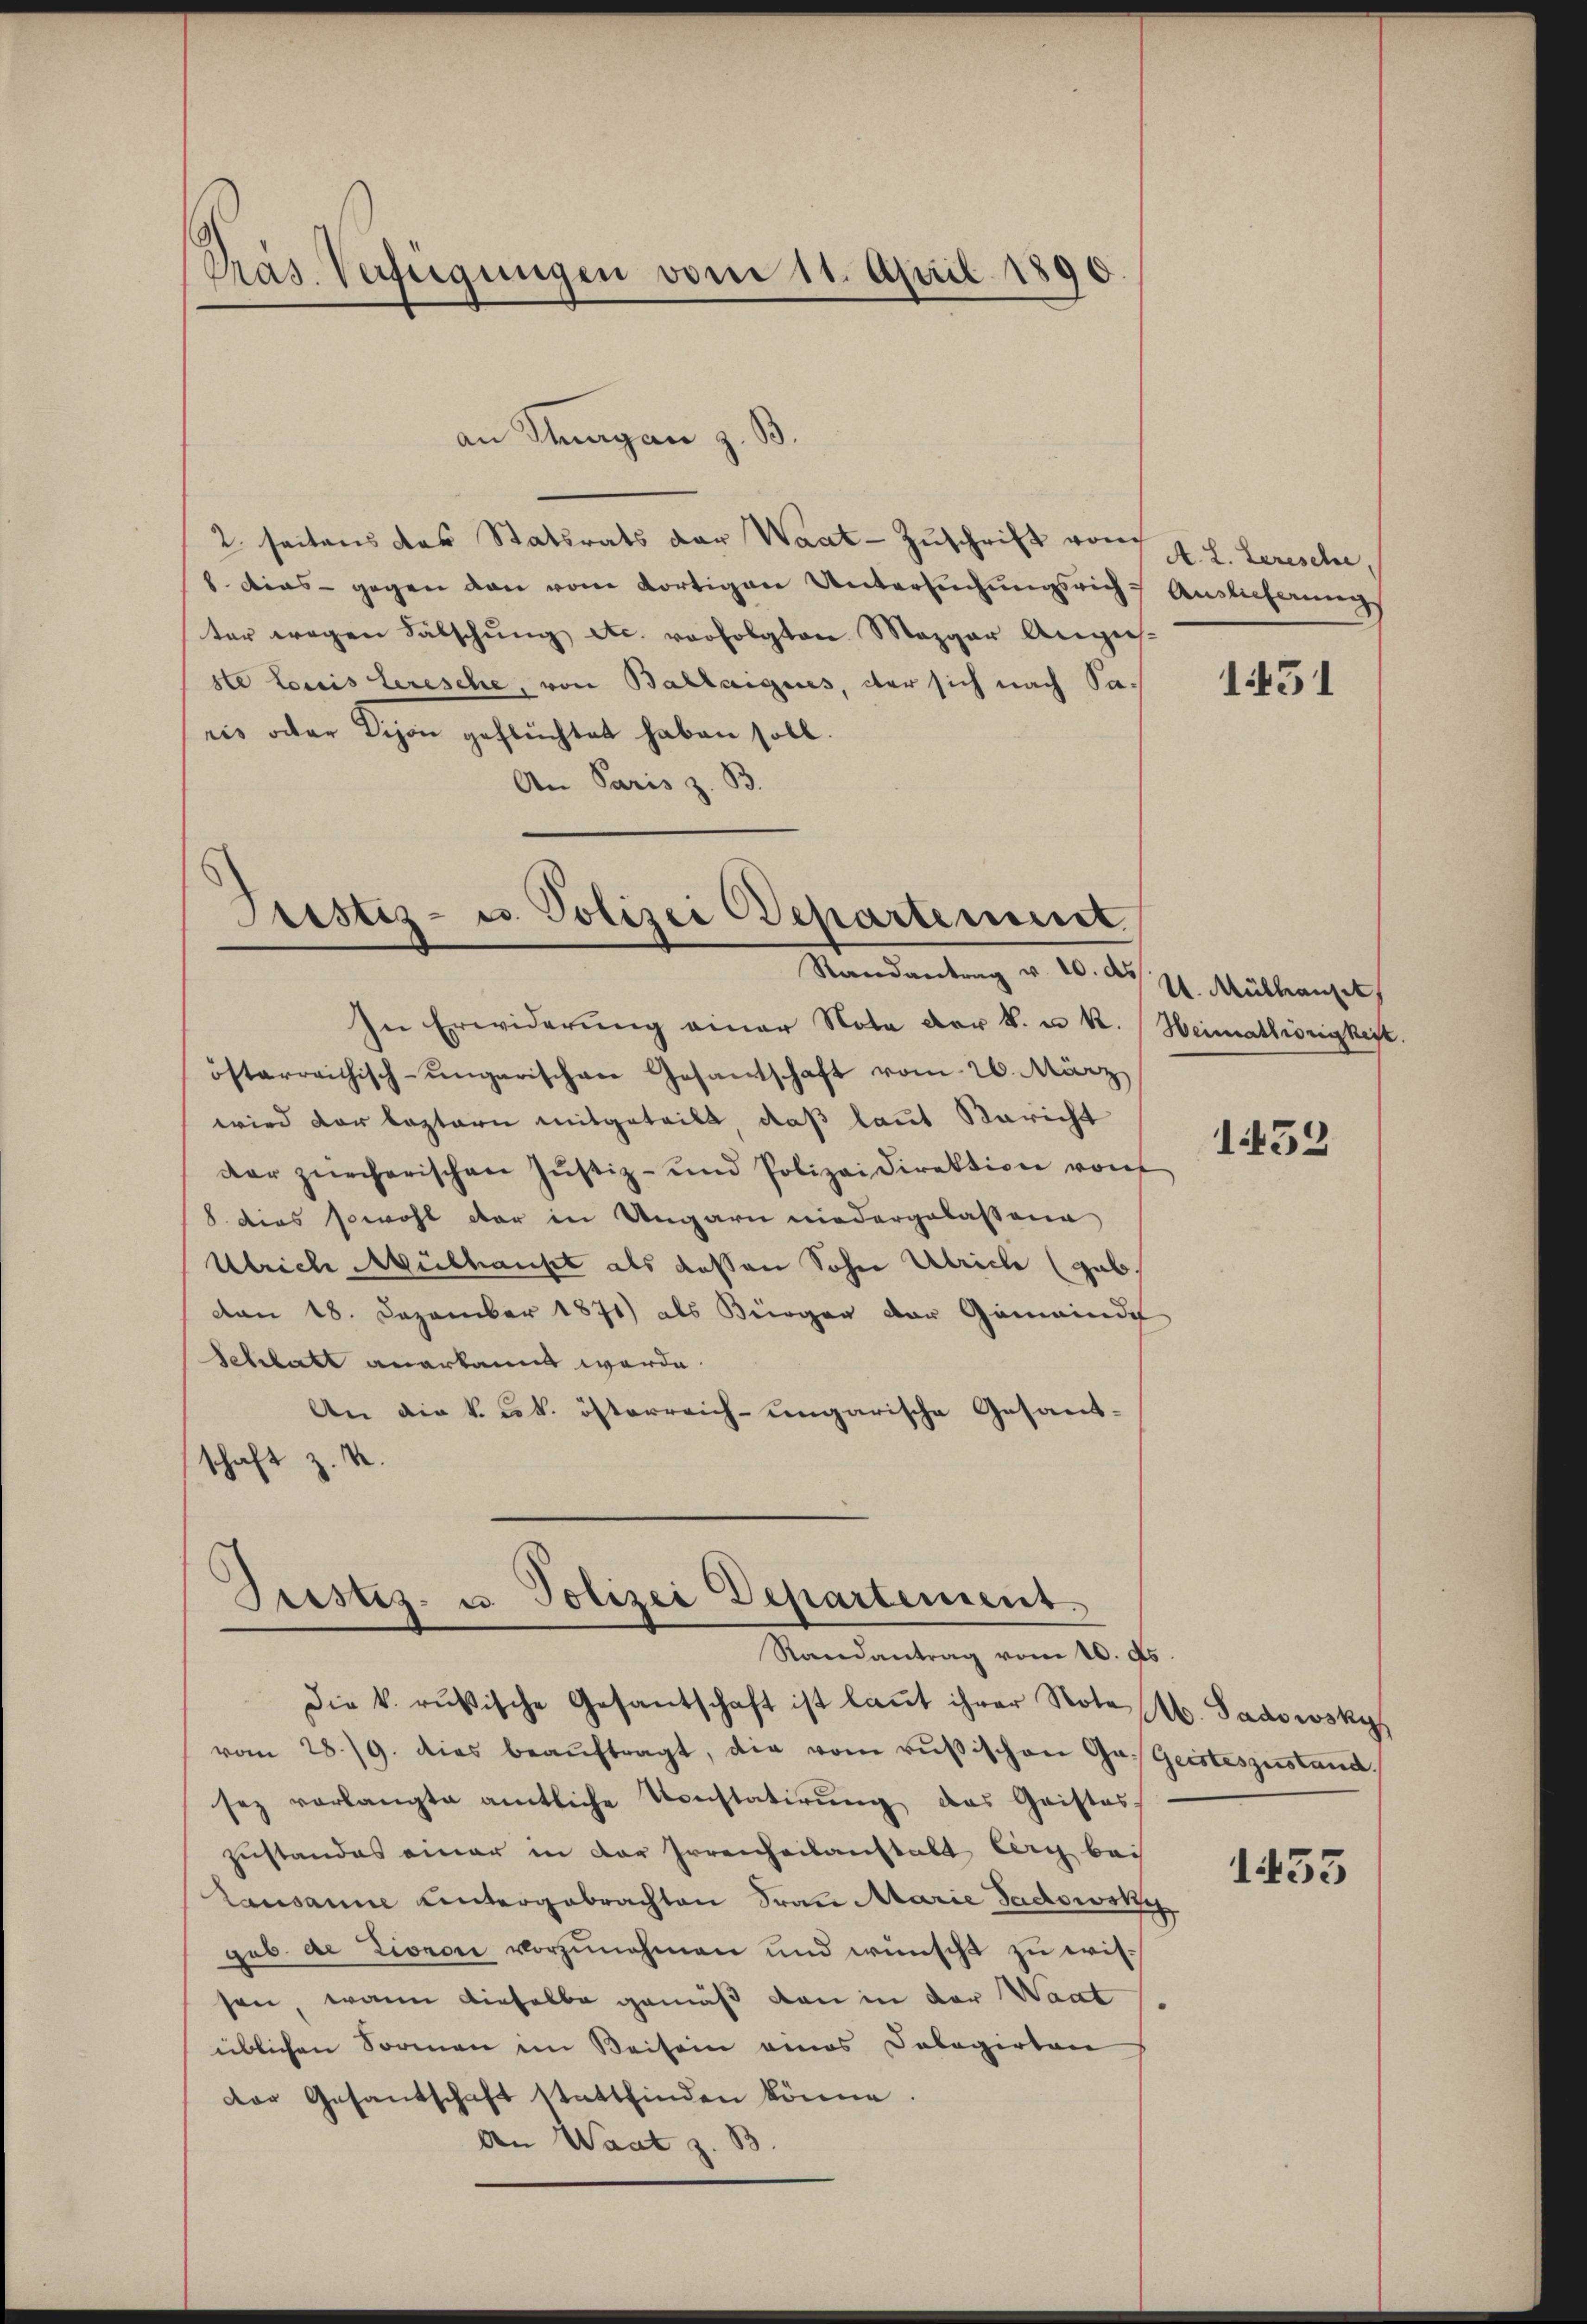
Präs. Verfügungen vom 11. April 1890.

an Thurgan z. B
2 seitens das Statsrats der Waat- Zuschrift vom 4. s. Lerische,
8. Dies - gegen den vom dortigen Untersuchungsrich
ter wegen Fälschung etc. vorfolgten Mezger Angins-
ste Louis lerische, von Ballaigues, der sich nach Saris oder Dijon geflüchtet haben soll.
An Paris z. B.

Justiz- u. Polizei Departement
Randantrag v. 20. d. J. Mülhauset

Grestes- u. Polizei Departement.
Randantrag vom 10. ds.

In Erwiderung einer Nota der k. u. k. Heimathörigkeit.
österreichisch-ungarischen Gesamtschaft vom 26. März
wird der leztern mitgeteilt, daß laut Bericht
der zürcherischen Jŭstiz- und Polizeidirektion von
8. dies sowohl der in Ungarn niedergelassene
Ulrich Mülhauses als deßen Sohne Ulrich (gabvon 18. Dezember 1871) als Bürger der Gemeinde
Schlatt anerkannt werde.
An die k. k. österreich-ungarische Gesandschaft z. K

Die k. rusische Gesantschaft ist laut ihrer Note M. Sadowskys
vom 28./9. dies beaŭftragt, die vom rŭβischen Ga. Geisteszustand,
sez vorlangte amtliche Konstatirŭng des Geistes-
zustandes einer in der Irrenheilanstalt berg bei
Lausanne Untergebrachten Frau Marie Gadowski
geb. de Lionon vorzunehmen und wünscht zu wissen, wann dieselbe gemäß von in der Waat
üblichen Sormen im Beisein eines Dolagirten
dor Gesandschaft stattfinden könne.
An Waat z. B

Auslieferung

1451

1432

1435